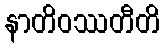
နာတိဝဿတီတိ